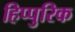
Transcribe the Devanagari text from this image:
हिप्पुरिक